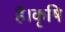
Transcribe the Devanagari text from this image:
है।कृषि